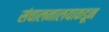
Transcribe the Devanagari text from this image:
संचालनालयाकडून